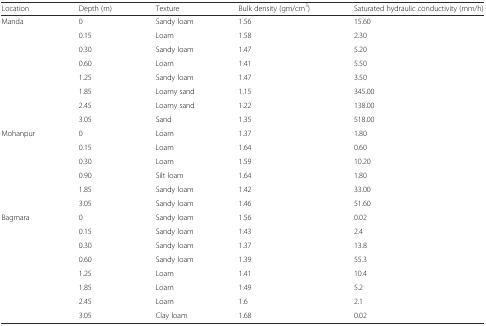
<table><thead><tr><td><b>Location</b></td><td><b>Depth (m)</b></td><td><b>Texture</b></td><td><b>Bulk density (gm/cm<sup>3</sup>)</b></td><td><b>Saturated hydraulic conductivity (mm/h)</b></td></tr></thead><tbody><tr><td rowspan="8">Manda</td><td>0</td><td>Sandy loam</td><td>1.56</td><td>15.60</td></tr><tr><td>0.15</td><td>Loam</td><td>1.58</td><td>2.30</td></tr><tr><td>0.30</td><td>Sandy loam</td><td>1.47</td><td>5.20</td></tr><tr><td>0.60</td><td>Loam</td><td>1.41</td><td>5.50</td></tr><tr><td>1.25</td><td>Sandy loam</td><td>1.47</td><td>3.50</td></tr><tr><td>1.85</td><td>Loamy sand</td><td>1.15</td><td>345.00</td></tr><tr><td>2.45</td><td>Loamy sand</td><td>1.22</td><td>138.00</td></tr><tr><td>3.05</td><td>Sand</td><td>1.35</td><td>518.00</td></tr><tr><td rowspan="6">Mohanpur</td><td>0</td><td>Loam</td><td>1.37</td><td>1.80</td></tr><tr><td>0.15</td><td>Loam</td><td>1.64</td><td>0.60</td></tr><tr><td>0.30</td><td>Loam</td><td>1.59</td><td>10.20</td></tr><tr><td>0.90</td><td>Silt loam</td><td>1.64</td><td>1.80</td></tr><tr><td>1.85</td><td>Sandy loam</td><td>1.42</td><td>33.00</td></tr><tr><td>3.05</td><td>Sandy loam</td><td>1.46</td><td>51.60</td></tr><tr><td rowspan="8">Bagmara</td><td>0</td><td>Sandy loam</td><td>1.56</td><td>0.02</td></tr><tr><td>0.15</td><td>Sandy loam</td><td>1.43</td><td>2.4</td></tr><tr><td>0.30</td><td>Sandy loam</td><td>1.37</td><td>13.8</td></tr><tr><td>0.60</td><td>Sandy loam</td><td>1.39</td><td>55.3</td></tr><tr><td>1.25</td><td>Loam</td><td>1.41</td><td>10.4</td></tr><tr><td>1.85</td><td>Loam</td><td>1.49</td><td>5.2</td></tr><tr><td>2.45</td><td>Loam</td><td>1.6</td><td>2.1</td></tr><tr><td>3.05</td><td>Clay loam</td><td>1.68</td><td>0.02</td></tr></tbody></table>